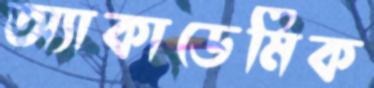
অ্যাকাডেমিক